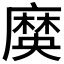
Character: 𪎞